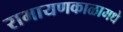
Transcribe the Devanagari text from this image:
रामायणकाळामधे